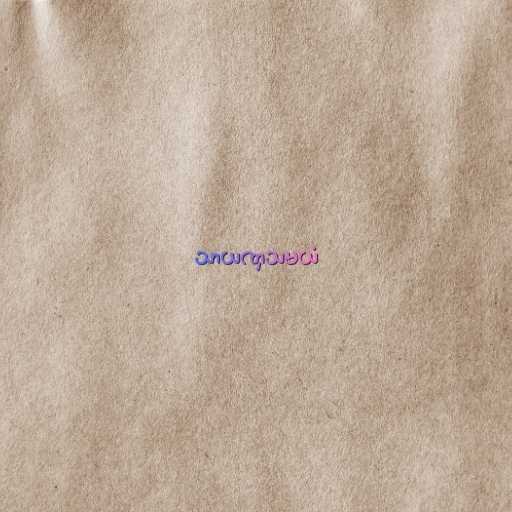
သာယဏှသမယံ